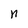
Character: n